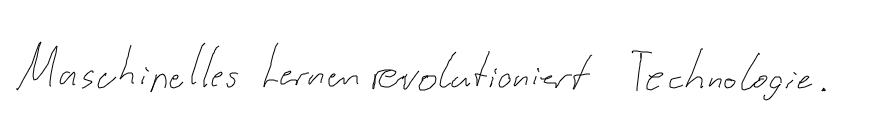
Maschinelles Lernen revolutioniert Technologie.